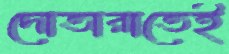
দোতারাতেই